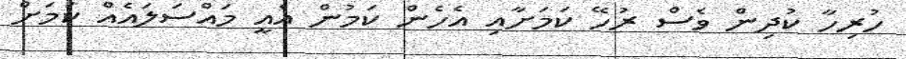
ހުރިހާ ކުދިން ވެސް ރުހޭ ކަމަށާއި އެހެން ކަމުން އެއީ މައްސަލައެއް ކަމަށް